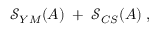
\mathcal { S } _ { Y M } ( A ) \; + \; \mathcal { S } _ { C S } ( A ) \; ,